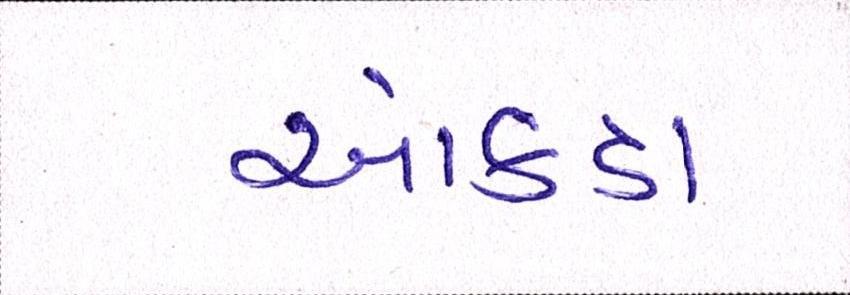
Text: આંકડા